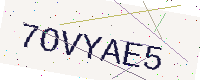
Text: 7OVYAE5